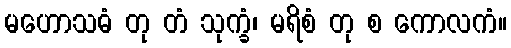
မဟောသဓံ တု တံ သုက္ခံ၊ မရိစံ တု စ ကောလကံ။